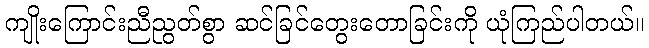
ကျိုးကြောင်းညီညွတ်စွာ ဆင်ခြင်တွေးတောခြင်းကို ယုံကြည်ပါတယ်။